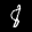
Label: 8